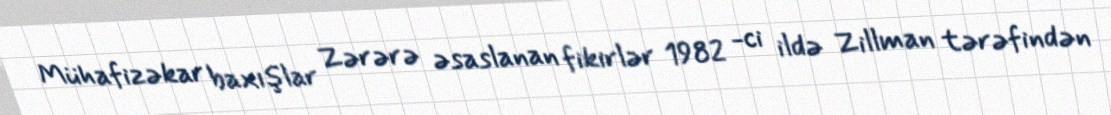
Mühafizəkar baxışlar Zərərə əsaslanan fikirlər 1982 -ci ildə Zillman tərəfindən